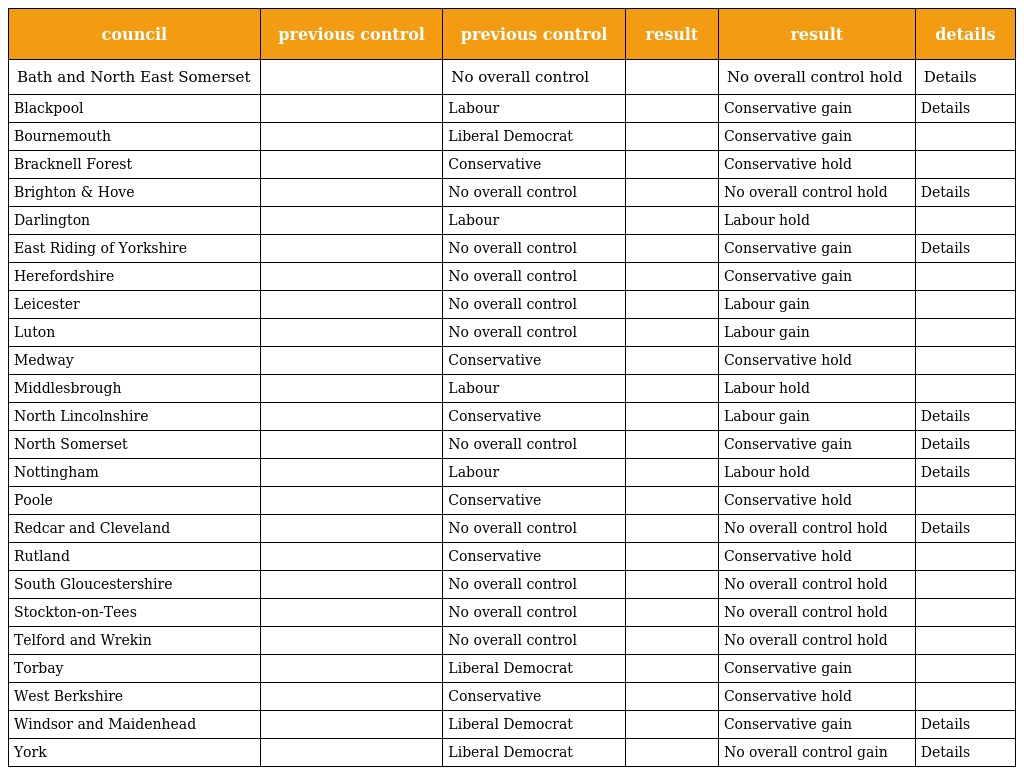
| council | previous control | previous control | result | result | details |
 | --- | --- | --- | --- | --- | --- |
 | Bath and North East Somerset |  | No overall control |  | No overall control hold | Details |
 | Blackpool |  | Labour |  | Conservative gain | Details |
 | Bournemouth |  | Liberal Democrat |  | Conservative gain |  |
 | Bracknell Forest |  | Conservative |  | Conservative hold |  |
 | Brighton & Hove |  | No overall control |  | No overall control hold | Details |
 | Darlington |  | Labour |  | Labour hold |  |
 | East Riding of Yorkshire |  | No overall control |  | Conservative gain | Details |
 | Herefordshire |  | No overall control |  | Conservative gain |  |
 | Leicester |  | No overall control |  | Labour gain |  |
 | Luton |  | No overall control |  | Labour gain |  |
 | Medway |  | Conservative |  | Conservative hold |  |
 | Middlesbrough |  | Labour |  | Labour hold |  |
 | North Lincolnshire |  | Conservative |  | Labour gain | Details |
 | North Somerset |  | No overall control |  | Conservative gain | Details |
 | Nottingham |  | Labour |  | Labour hold | Details |
 | Poole |  | Conservative |  | Conservative hold |  |
 | Redcar and Cleveland |  | No overall control |  | No overall control hold | Details |
 | Rutland |  | Conservative |  | Conservative hold |  |
 | South Gloucestershire |  | No overall control |  | No overall control hold |  |
 | Stockton-on-Tees |  | No overall control |  | No overall control hold |  |
 | Telford and Wrekin |  | No overall control |  | No overall control hold |  |
 | Torbay |  | Liberal Democrat |  | Conservative gain |  |
 | West Berkshire |  | Conservative |  | Conservative hold |  |
 | Windsor and Maidenhead |  | Liberal Democrat |  | Conservative gain | Details |
 | York |  | Liberal Democrat |  | No overall control gain | Details |